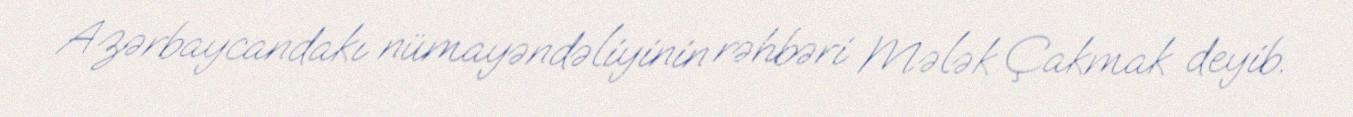
Azərbaycandakı nümayəndəliyinin rəhbəri Mələk Çakmak deyib.